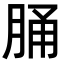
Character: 𦛸